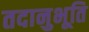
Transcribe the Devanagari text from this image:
तदानुभूति